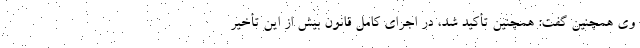
وی همچنین گفت: همچنین تأکید شد، در اجرای کامل قانون بیش از این تأخیر